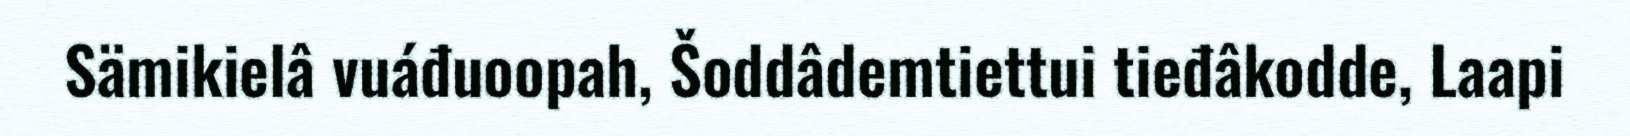
Sämikielâ vuáđuoopah, Šoddâdemtiettui tieđâkodde, Laapi